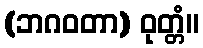
(ဘဂဝတာ) ဝုတ္တံ။